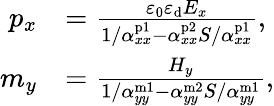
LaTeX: \begin{array}{rl}{p_{x}}&{=\frac{\varepsilon_{0}\varepsilon_{\mathrm{d}}E_{x}}{1/\alpha_{xx}^{\mathrm{p1}}-\alpha_{xx}^{\mathrm{p2}}S/\alpha_{xx}^{\mathrm{p1}}},}\\ {m_{y}}&{=\frac{H_{y}}{1/\alpha_{yy}^{\mathrm{m1}}-\alpha_{yy}^{\mathrm{m2}}S/\alpha_{yy}^{\mathrm{m1}}},}\end{array}